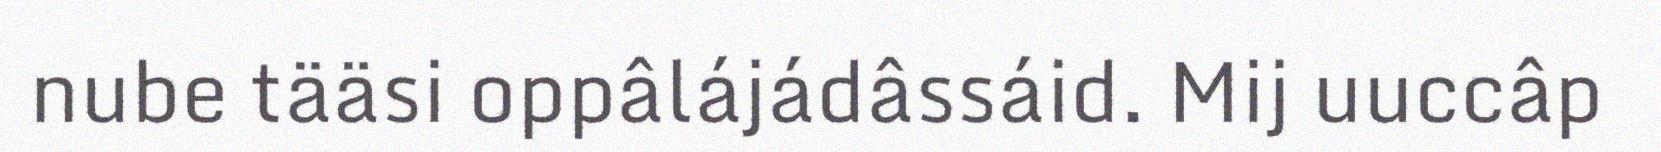
nube tääsi oppâlájádâssáid. Mij uuccâp